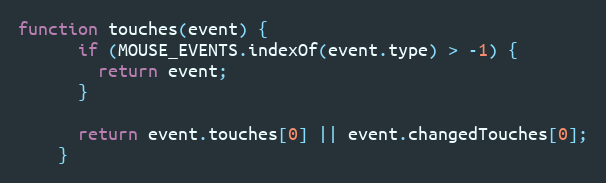
Language: JavaScript
function touches(event) {
      if (MOUSE_EVENTS.indexOf(event.type) > -1) {
        return event;
      }

      return event.touches[0] || event.changedTouches[0];
    }